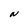
Character: N